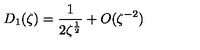
D _ { 1 } ( \zeta ) = \frac { 1 } { 2 \zeta ^ { \frac 1 2 } } + O ( \zeta ^ { - 2 } )